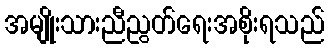
အမျိုးသားညီညွတ်ရေးအစိုးရသည်